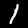
Label: 1